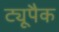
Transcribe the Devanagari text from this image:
ट्यूपैक